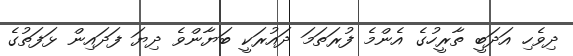
ދިވެހި އަދަބީ ތާރީހުގެ އެންމެ ފުރަތަމަ ދައުރަކީ ބަޔާންވެ ދިޔަ ފަދައިން ޅަފަތުގެ